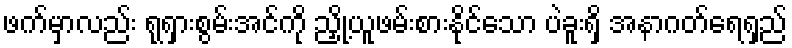
ဖက်မှာလည်း ရုရှားစွမ်းအင်ကို ညှို့ယူဖမ်းစားနိုင်သော ပဲခူးရှိ အနာဂတ်ရေရှည်